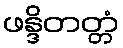
ဖန္ဒိတတ္တံ